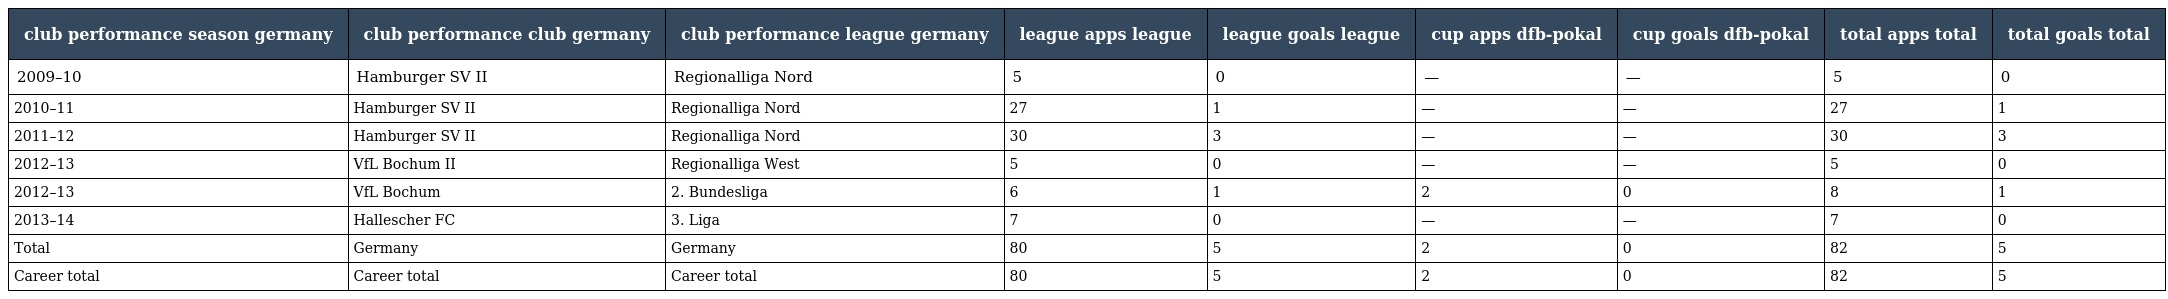
| club performance season germany | club performance club germany | club performance league germany | league apps league | league goals league | cup apps dfb-pokal | cup goals dfb-pokal | total apps total | total goals total |
 | --- | --- | --- | --- | --- | --- | --- | --- | --- |
 | 2009–10 | Hamburger SV II | Regionalliga Nord | 5 | 0 | — | — | 5 | 0 |
 | 2010–11 | Hamburger SV II | Regionalliga Nord | 27 | 1 | — | — | 27 | 1 |
 | 2011–12 | Hamburger SV II | Regionalliga Nord | 30 | 3 | — | — | 30 | 3 |
 | 2012–13 | VfL Bochum II | Regionalliga West | 5 | 0 | — | — | 5 | 0 |
 | 2012–13 | VfL Bochum | 2. Bundesliga | 6 | 1 | 2 | 0 | 8 | 1 |
 | 2013–14 | Hallescher FC | 3. Liga | 7 | 0 | — | — | 7 | 0 |
 | Total | Germany | Germany | 80 | 5 | 2 | 0 | 82 | 5 |
 | Career total | Career total | Career total | 80 | 5 | 2 | 0 | 82 | 5 |